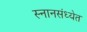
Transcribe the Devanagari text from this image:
स्नानसंध्येत